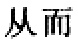
从而